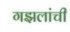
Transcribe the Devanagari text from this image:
गझलांची